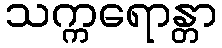
သက္ကရောန္တာ